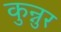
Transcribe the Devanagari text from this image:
कुन्नुर